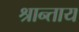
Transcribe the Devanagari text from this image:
श्रान्ताय